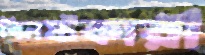
বিনষ্টকারী